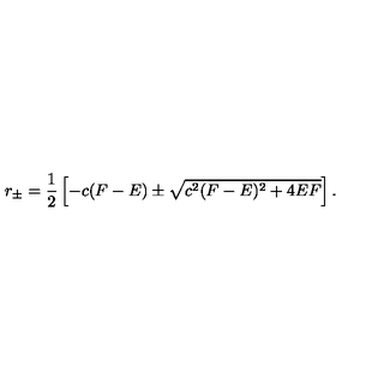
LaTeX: r _ { \pm } = \frac { 1 } { 2 } \left[ - c ( F - E ) \pm \sqrt { c ^ { 2 } ( F - E ) ^ { 2 } + 4 E F } \right] .